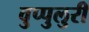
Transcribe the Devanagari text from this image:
वुप्पुलुरी